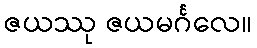
ဇယဿု ဇယမင်္ဂလေ။